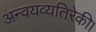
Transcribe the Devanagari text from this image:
अन्वयव्यतिरेकी।